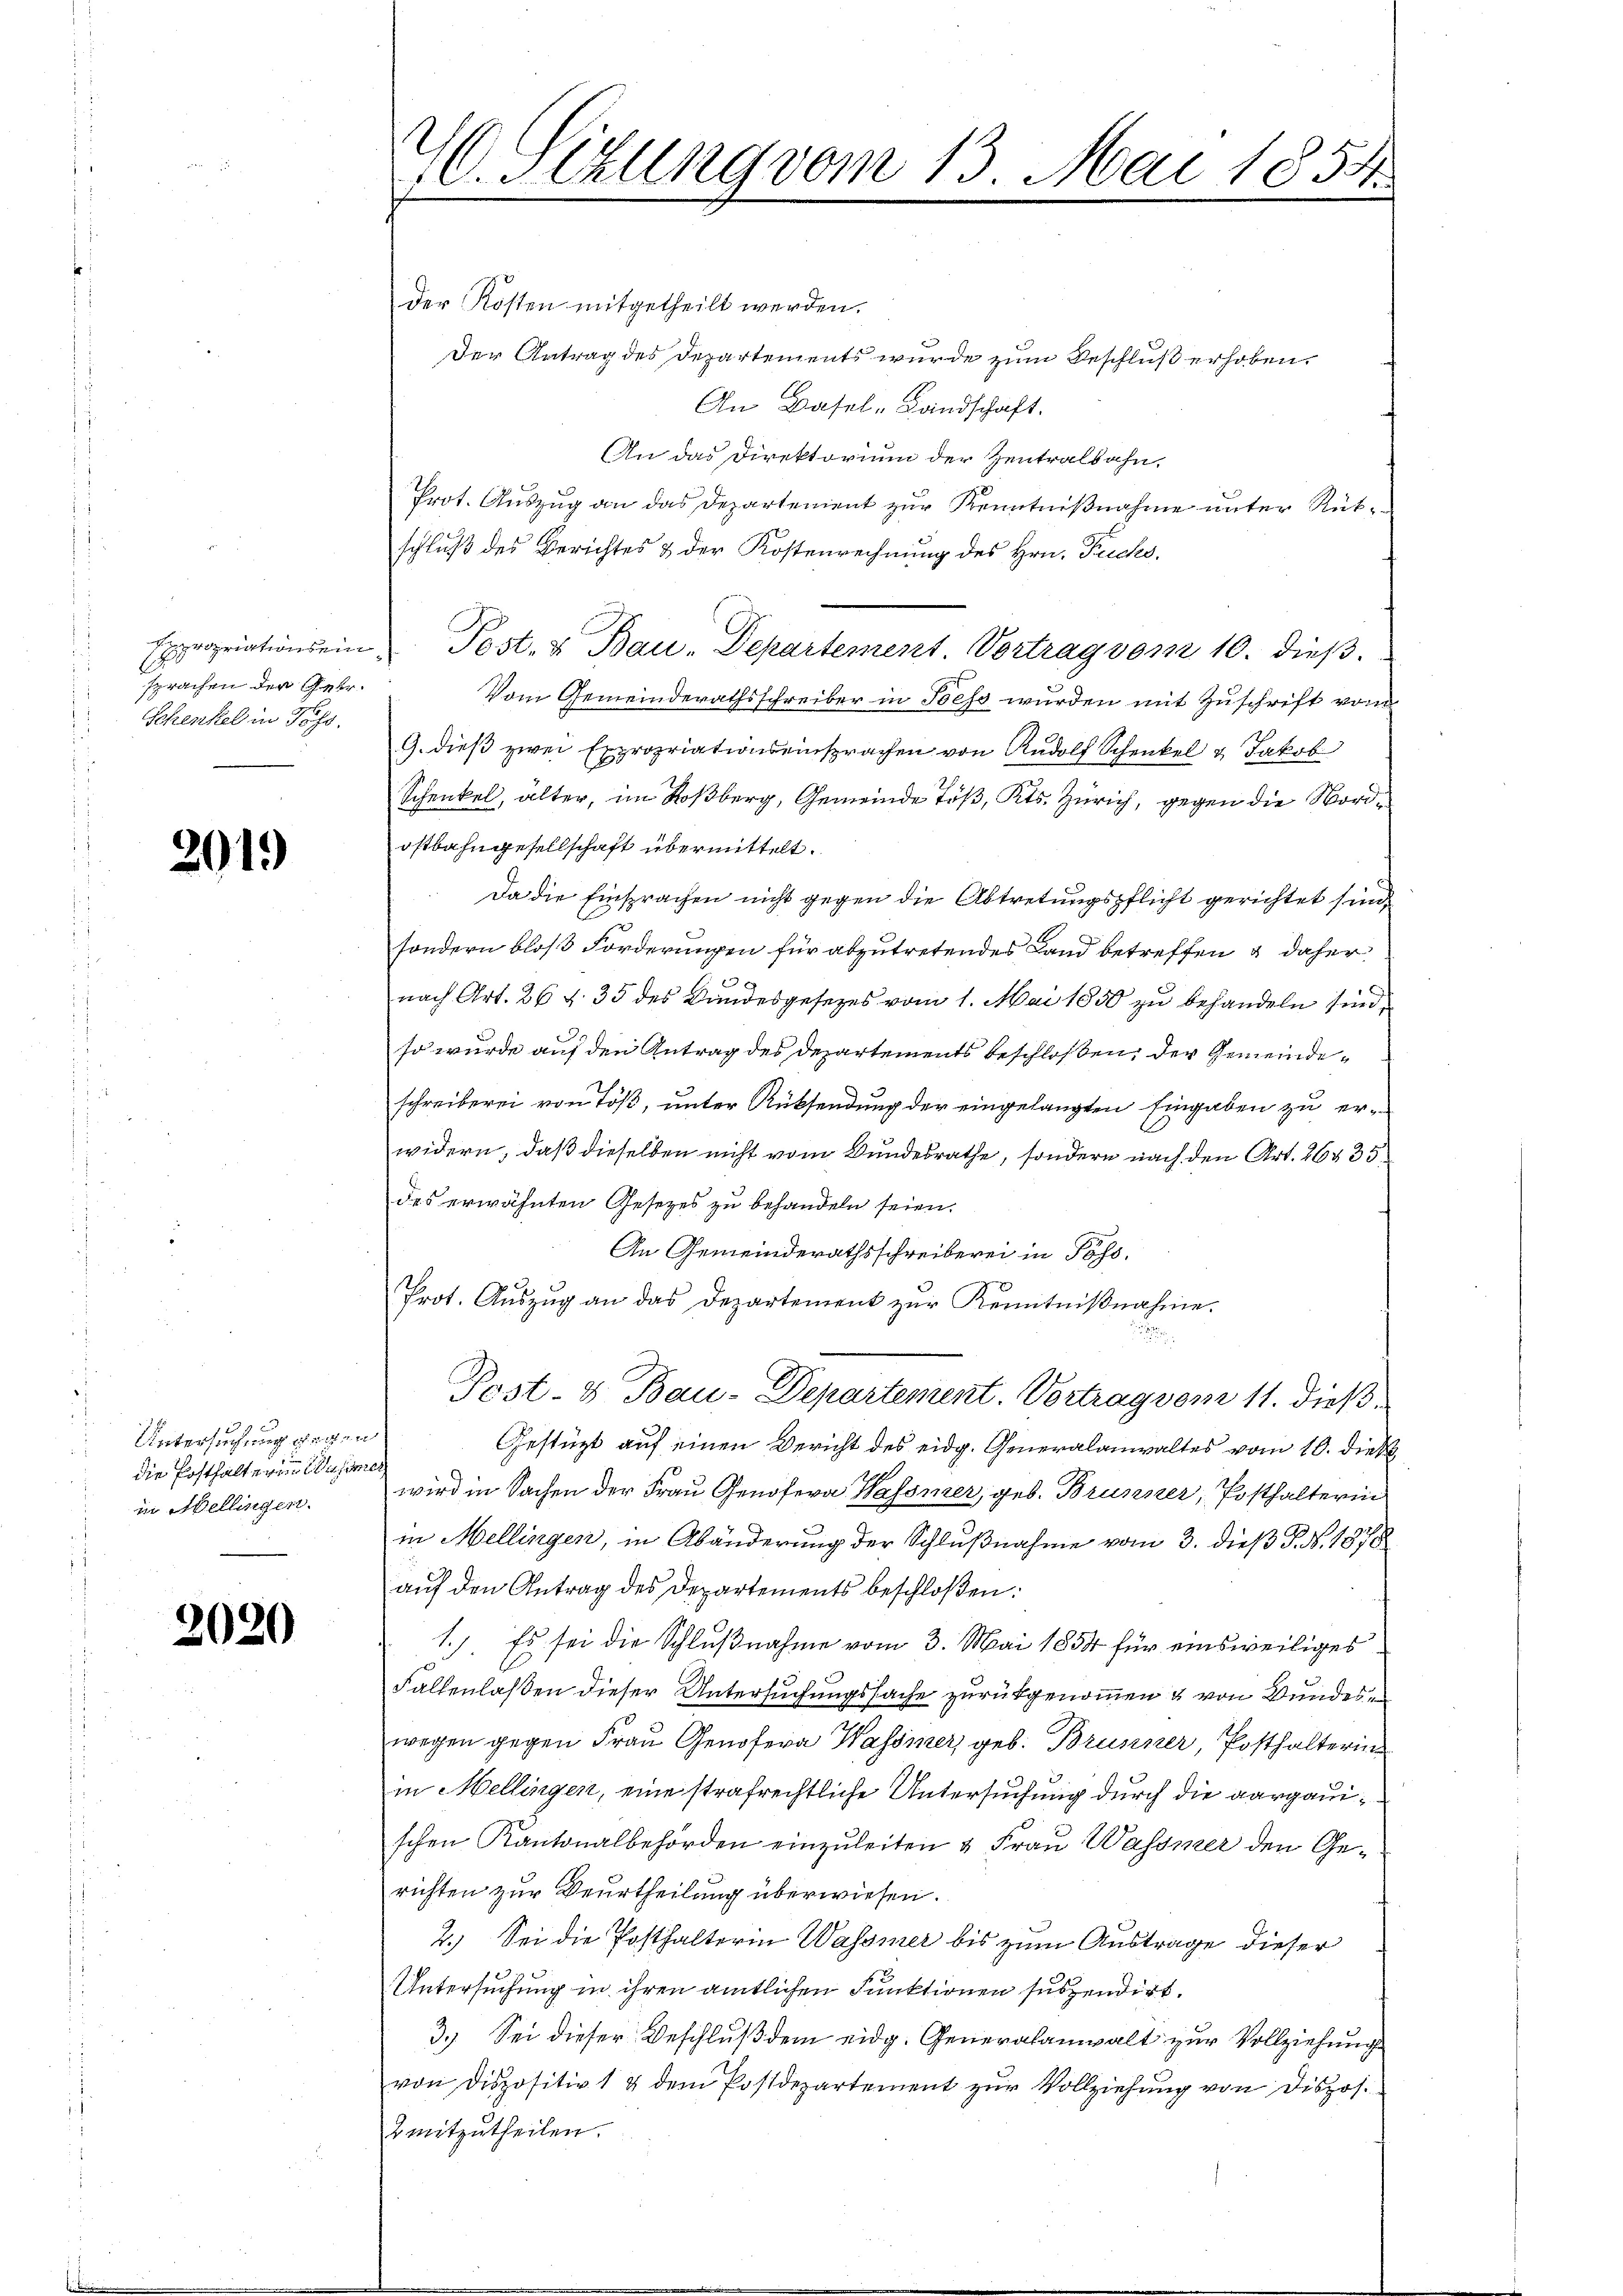
sprachen der Getr.
Schenkel in Johs.

2019

14 x
Untersuchung gegen
die Posthalter in Wesen.
in Bellingen.

2020

46. Sizung vom 13.

der Kosten mitgetheilt werden.
Der Antrag des Departements wurde zum Beschluß erhoben.
An Basel-Landschaft.
An das Direktorium der Zentralbahn,
Prot. Auszug an das Departement zur Kenntnißnahme unter Rükschluß des Berichtes & der Kostenrechnung des Hrn. Puchs.
Expropriationsein Post- u Bau-Departement. Vortrag vom 10. dieβ.
Vom Gemeinderathsschreiber in Tess wurden mit Zuschrift von
G. dieß zwei Expropriationseinsprachen von Rudolf Schenkel & Jakob
Schenkel, älter, im Roßberg, Gemeinde Töß, Kts. Zürich, gegen die Nordostbahngesellschaft übermittelt.
Da die Einsprachen nicht gegen die Abtretungspflicht gerichtet sind.
sondern bloß Forderungen für abzutretendes Land betreffen & daher
g
nach Art. 26 § 35 des Landesgesetzes vom 1. Mai 1850 zu behandeln sind,
so wurde auf den Antrag des Departements beschloßen, der Gemeindeschreiberei von Töß, unter Rücksendung der eingelangten Eingaben zu erwidern, daß dieselben nicht vom Bundesrathe, sondern nach den Art. 26 § 35
des erwähnten Gesetzes zu behandeln seien.
An Gemeinderathsschreiberei in Pöss.
e
Prot. Aŭszŭg an das Departement zŭr Kenntniβnahme.
Post- & Bau-Departement. Vortrag vom 11. dieß¬

Gestützt auf einen Bericht des eidg. Generalanwaltes vom 10. dieß
2
wird in Sachen der Frau Genofern Wassmer, geb. Brunner, Posthalterin
in Mellingen, in Abänderung der Schlußnahme vom 3. dieß P. Nr. 1878
aŭf den Antrag des Departements beschloßen:
1). Es sei die Schlußnahme vom 3. Mai 1854 für einsweiliges
Fallenlaßen dieser Untersuchungssache zurückgenommen & von Bundes e
wegen gegen Frau Genosera Wassiner geb. Brunner, Posthaltering
in Mellingen, eine strafrechtliche Untersuchung durch die aargauischen Kantonalbehörden einzuleiten & Frau Wassner den Gerichten zur Beurtheilung überwiesen.
2.) Sei die Posthalterin Wassier bis zum Austrage dieser
Untersuchung in ihren amtlichen Funktionen suspendirt.
3.) Sei dieser Beschluß dem eidg. Generalanwalt zur Vollziehung
von Dispositiv 1 & dem Postdepartement zŭr Vollziehŭng von Dispos.
bmitzutheilen.

Mai 1854.
e